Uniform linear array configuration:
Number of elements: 8
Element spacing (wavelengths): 0.75
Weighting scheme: hamming
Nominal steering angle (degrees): -15
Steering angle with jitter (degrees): -15.812
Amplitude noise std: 0.05
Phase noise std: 0.05

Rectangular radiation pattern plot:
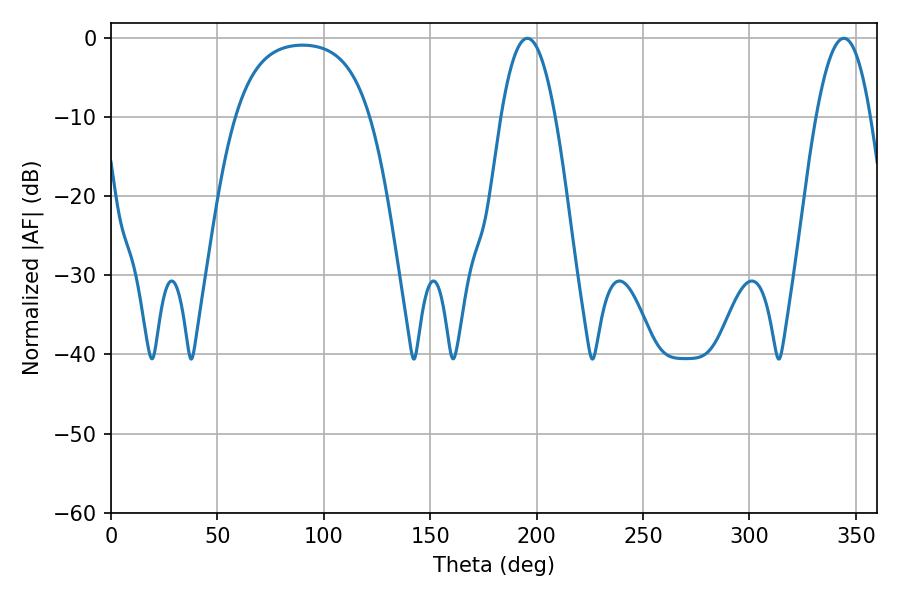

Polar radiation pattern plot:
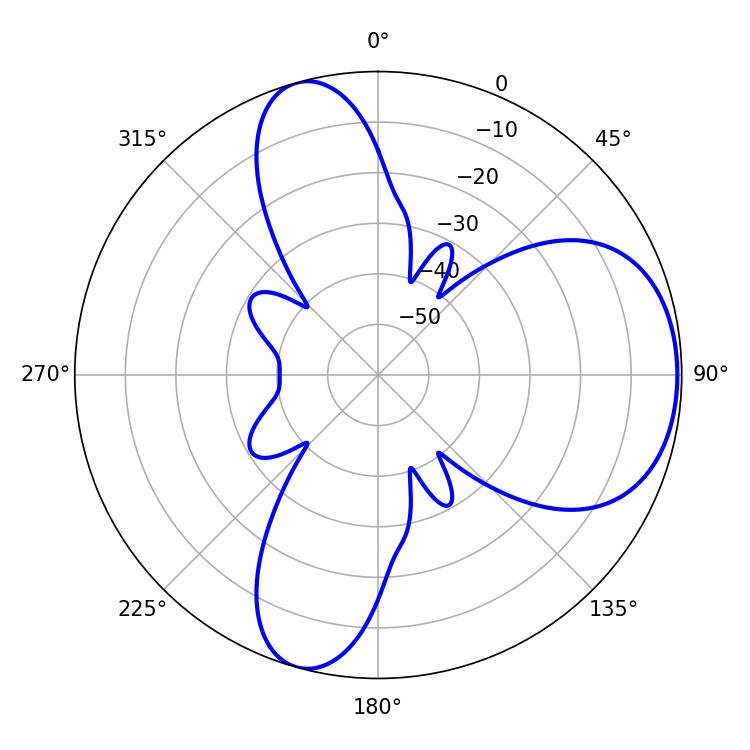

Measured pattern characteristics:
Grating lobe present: TRUE
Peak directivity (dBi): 6.48
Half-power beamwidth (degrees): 13.86
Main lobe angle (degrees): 195.66